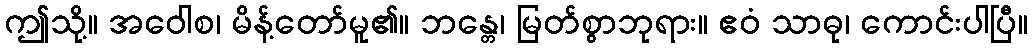
ဤသို့။ အဝေါစ၊ မိန့်တော်မူ၏။ ဘန္တေ၊ မြတ်စွာဘုရား။ ဧဝံ သာဓု၊ ကောင်းပါပြီ။